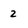
Character: 2